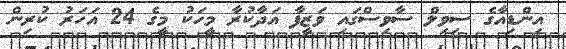
އިންޑިއާގެ ސިވިލް ސާވިސްގައި ވަޒީފާ އަދާކުރާ މީހަކު މީގެ 24 އަހަރު ކުރިން